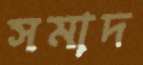
সমাদ